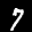
Label: 7